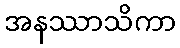
အနဿာသိကာ